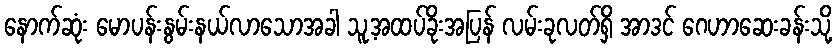
နောက်ဆုံး မောပန်းနွမ်းနယ်လာသောအခါ သူ့အထပ်ခိုးအပြန် လမ်းခုလတ်ရှိ အာဒင် ဂေဟာဆေးခန်းသို့